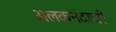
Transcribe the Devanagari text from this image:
अलकनंदाची